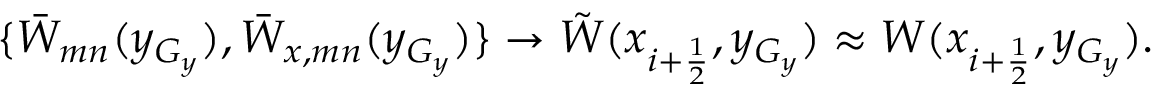
\begin{array} { r } { \{ \Bar W _ { m n } ( y _ { G _ { y } } ) , \Bar W _ { x , m n } ( y _ { G _ { y } } ) \} \rightarrow \tilde { W } ( x _ { i + \frac { 1 } { 2 } } , y _ { G _ { y } } ) \approx W ( x _ { i + \frac { 1 } { 2 } } , y _ { G _ { y } } ) . } \end{array}